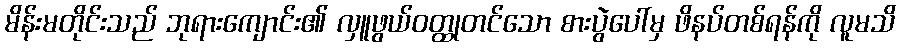
မိန်းမတိုင်းသည် ဘုရားကျောင်း၏ လှူဖွယ်ဝတ္ထုတင်သော စားပွဲပေါ်မှ ဖိနပ်တစ်ရန်ကို လူမသိ